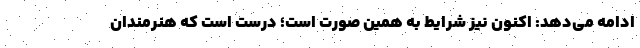
ادامه می‌دهد: اکنون نیز شرایط به همین صورت است؛ درست است که هنرمندان